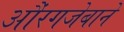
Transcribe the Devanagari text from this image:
औंरगजेबाने